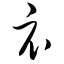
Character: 礻